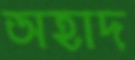
অহাদ